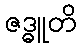
ဇဒ္ဓူတိ